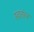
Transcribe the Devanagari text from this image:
स्वतंत्न